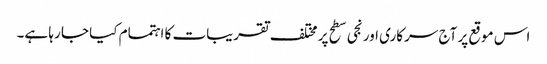
اس موقع پر آج سرکاری اور نجی سطح پر مختلف تقریبات کا اہتمام کیا جا رہا ہے۔